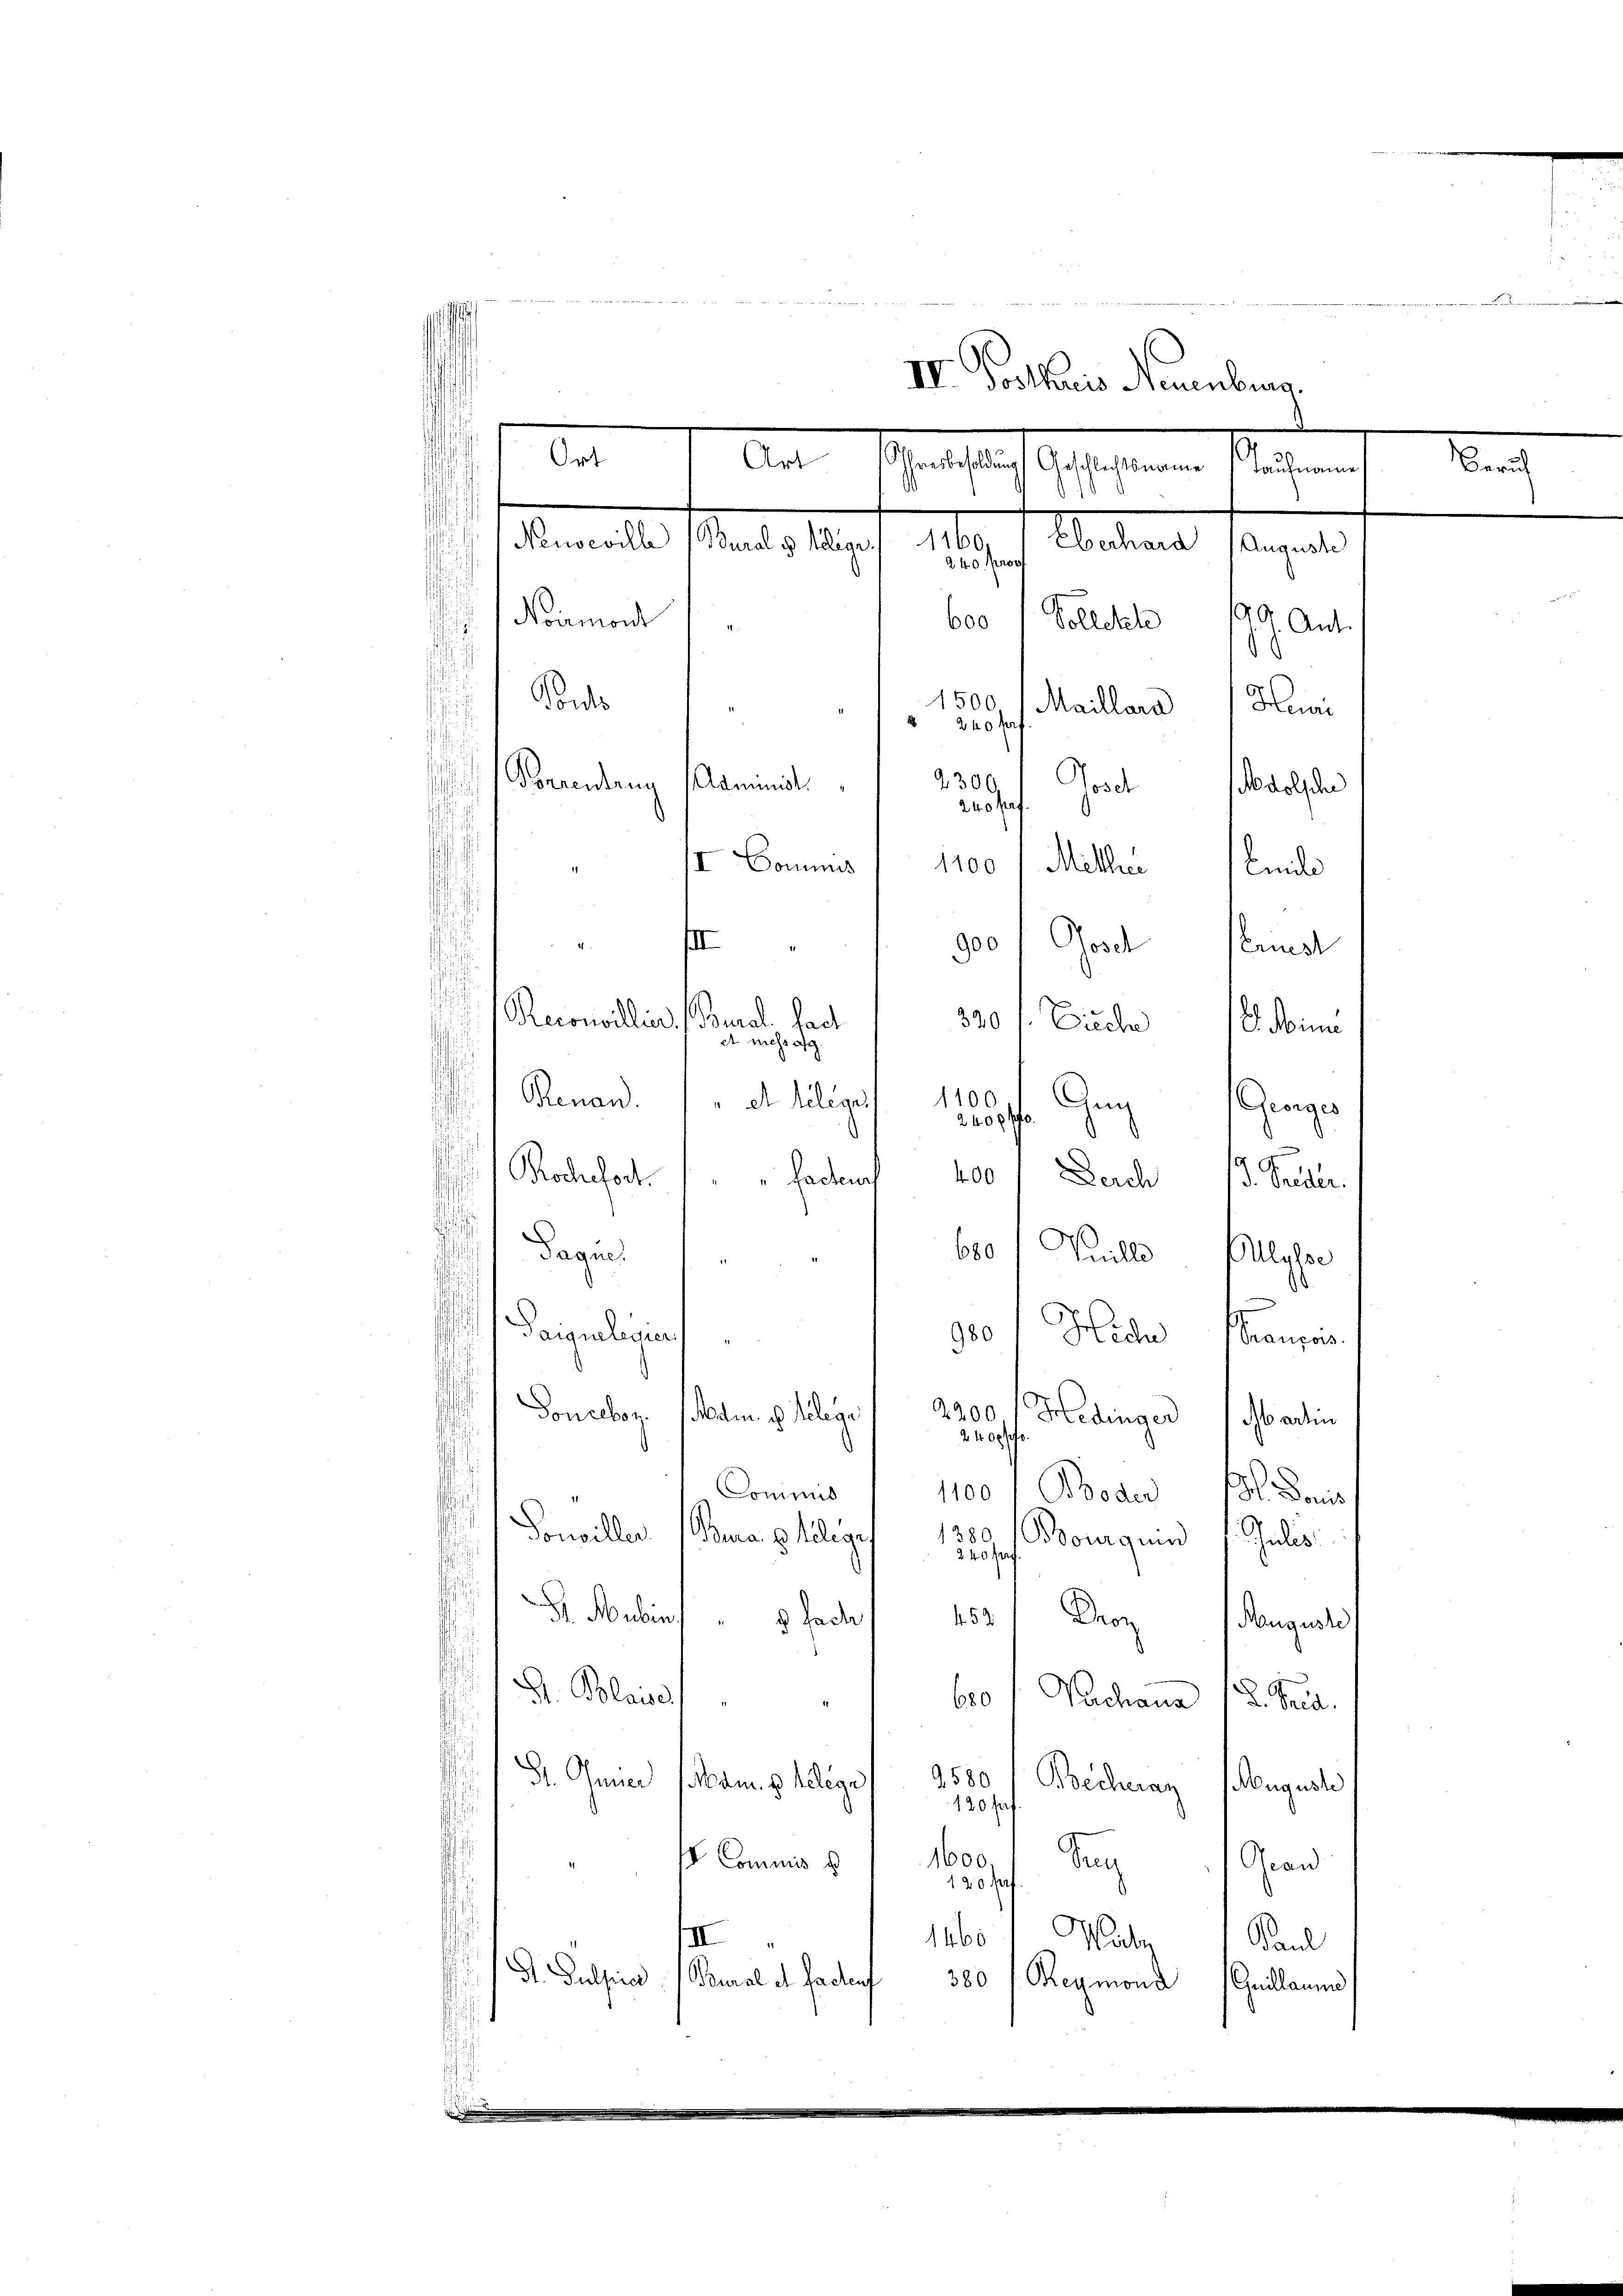
.

e
t
IV. Posthuis Neuenburg,
d
Ort
Art
schen seit gestehenen Klagenen
Beruh
1
¬
Me
Neuveville (Bural v. Melliger
Maient sogart
240 100f
Noumont
¬
600 / Volleter 199. Ant.
d
Pontis
1500,
Maillara Hei
240 f
2300
s
Pornenbrun Administ.
Josef Nodolsche
240 fr
II Dominis 1 1100 f Mehrer Emili
11
" 900 God einer
d
Recorivillin, Burl. Hast
320 f. Zieche. Mine
et massag
1100
Renan. 1 et teleges
An Georges

2400 f
d
s
 Rochefort.
facteur
400 / Derch 13. Jeder.
u
Tagun
650/ Vuille Elllysse
¬
Saiguilegier
900 f Hede Strancois
2200
Doncebor. Mai. u. Gelege
Hedinger Martin
2400 f
Commis
1100 f Boder Donis
.
schi
Pouviller (Bua 8 telege
1380 (Bourquin 1. Julis
d
245 f
d
G. Mein " " Joch 1531 Droz (Kaugust
¬
D. Blais           600 / Nachann 18. Frd.
Dr. Thuner
s
9580 Becheran August
Mam. p. belege
120 Fr
1600.
Gran
Tag
ss Commis d
130. Hof
Mudiz
1460
II
Paul
A. Pulsirer Boural d. Fachen 380 / Reymond Guillaume
d
d
e